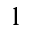
1